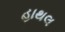
હાથલ